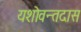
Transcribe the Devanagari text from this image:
यशोवन्तदास